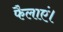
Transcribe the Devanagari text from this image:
फैलाएं।